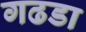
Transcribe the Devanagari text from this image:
गढडा